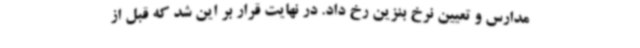
مدارس و تعیین نرخ بنزین رخ داد. در نهایت قرار بر این شد که قبل از